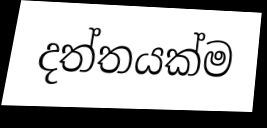
දත්තයක්ම